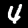
Digit: 4